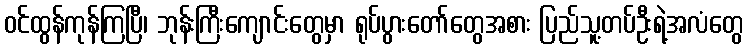
ဝင်ထွန်ကုန်ကြပြီ၊ ဘုန်းကြီးကျောင်းတွေမှာ ရုပ်ပွားတော်တွေအစား ပြည်သူ့တပ်ဦးရဲ့အလံတွေ